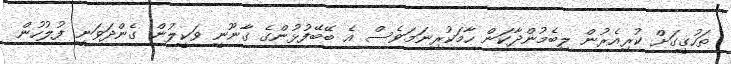
ތަހުގީގަށް ކުރިއެރުން ލިބެމުންދާކަން ހާމަކުރިނަމަވެސް އެ ބޭބޭފުޅުންގެ ގާނޫނީ ވަކީލުން ގެންދަވަނީ ފުލުހުން